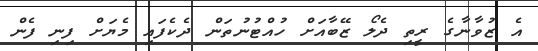
އެ ޒުވާނާގެ ރީތި ދެލޯ ޒޭބާއަށް ހުއްޓުނުތަން ދެކެފައި މެޔަށް ފިނި ފެން